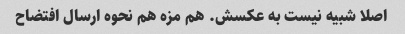
اصلا شبیه نیست به عکسش. هم مزه هم نحوه ارسال افتضاح